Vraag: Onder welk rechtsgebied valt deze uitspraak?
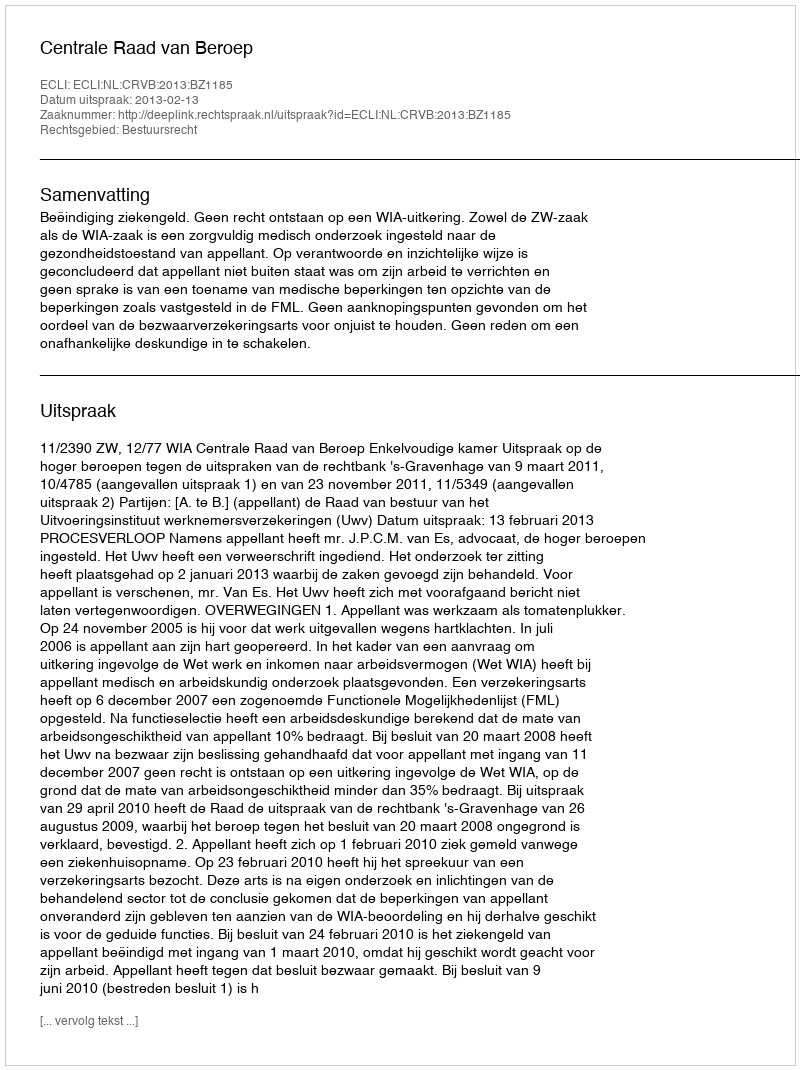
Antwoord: Bestuursrecht